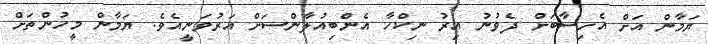
ޔަމާން އަށް އެހިސާބަށް ދެވުނު އިރު ނިކްހާ އެންބިއުލާންސަށް އަރުވަނީއެވެ. ޔަމާން މީހުންތަށް